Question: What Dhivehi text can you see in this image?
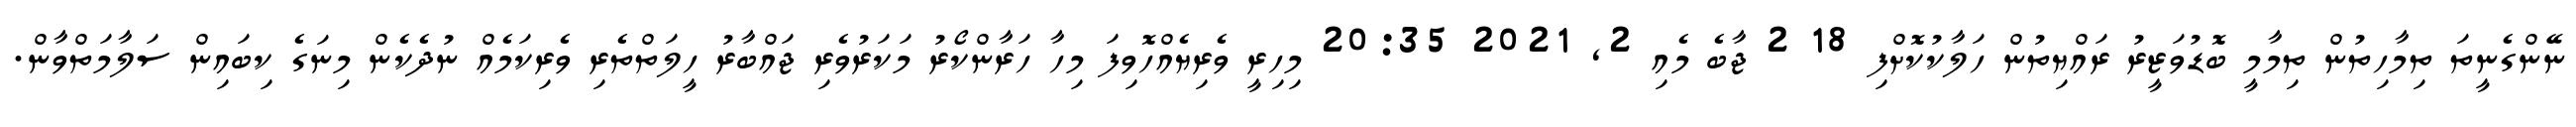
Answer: ނޭންގެނީތަ ތިމާހިތުން ތިމާމީ ބޮޑުވަޒީރު ރައްޔިތުން ހަލާކުކޮށްފި 18 2 ޖާބެ މެއި 2, 2021 20:35 މިހިރީ ވެރިޔެއްހޮވިފަ މިހާ ހަރާންކޯރު މަކަރުވެރި ޖައްބާރު ހީލަތްތެރި ވެރިކަމެއް ނުދެކެން މިނަގެ ކިބައިން ސަލާމަތްވާން.